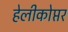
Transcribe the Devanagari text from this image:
हेलीकोप्तर